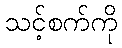
သင့်စက်ကို